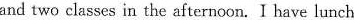
and two classes in the afternoon. I have lunch